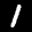
Label: 1